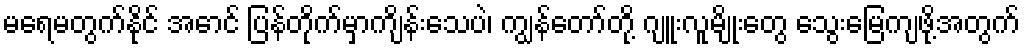
မရေမတွက်နိုင် အောင် ပြန်တိုက်မှာကျိန်းသေပဲ၊ ကျွန်တော်တို့ ဂျူးလူမျိုးတွေ သွေးမြေကျဖို့အတွက်